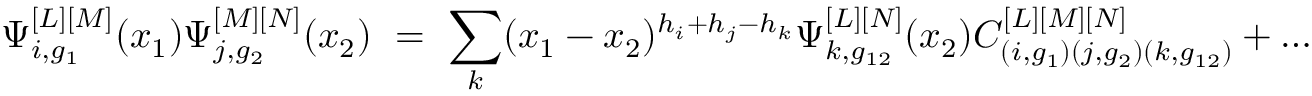
\Psi _ { i , g _ { 1 } } ^ { [ L ] [ M ] } ( x _ { 1 } ) \Psi _ { j , g _ { 2 } } ^ { [ M ] [ N ] } ( x _ { 2 } ) \ = \ \sum _ { k } ( x _ { 1 } - x _ { 2 } ) ^ { h _ { i } + h _ { j } - h _ { k } } \Psi _ { k , g _ { 1 2 } } ^ { [ L ] [ N ] } ( x _ { 2 } ) C _ { ( i , g _ { 1 } ) ( j , g _ { 2 } ) ( k , g _ { 1 2 } ) } ^ { [ L ] [ M ] [ N ] } + \dots